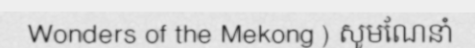
Wonders of the Mekong ) សូមណែនាំ